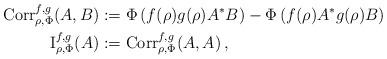
LaTeX: \begin{align*}{\rm Corr}_{\rho,\Phi}^{f,g}(A,B)&:= \Phi\left(f(\rho) g(\rho) A^*B \right)-\Phi\left(f(\rho) A^* g(\rho) B \right) \\ {\rm I}_{\rho,\Phi}^{f,g}(A)&:={\rm Corr}_{\rho,\Phi}^{f,g}(A,A)\,,\end{align*}